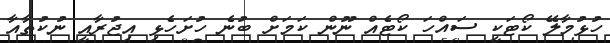
ހުޅުމާލޭ ކޯޓަކީ ސައްހަ ކޯޓެއް ނޫން ކަމަށް ބުނެ ހުށަހެޅި އިޖުރާއީ ނުކުތާއާ